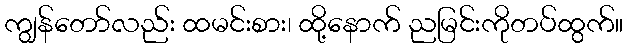
ကျွန်တော်လည်း ထမင်းစား၊ ထို့နောက် ညမြင်းကိုတပ်ထွက်။